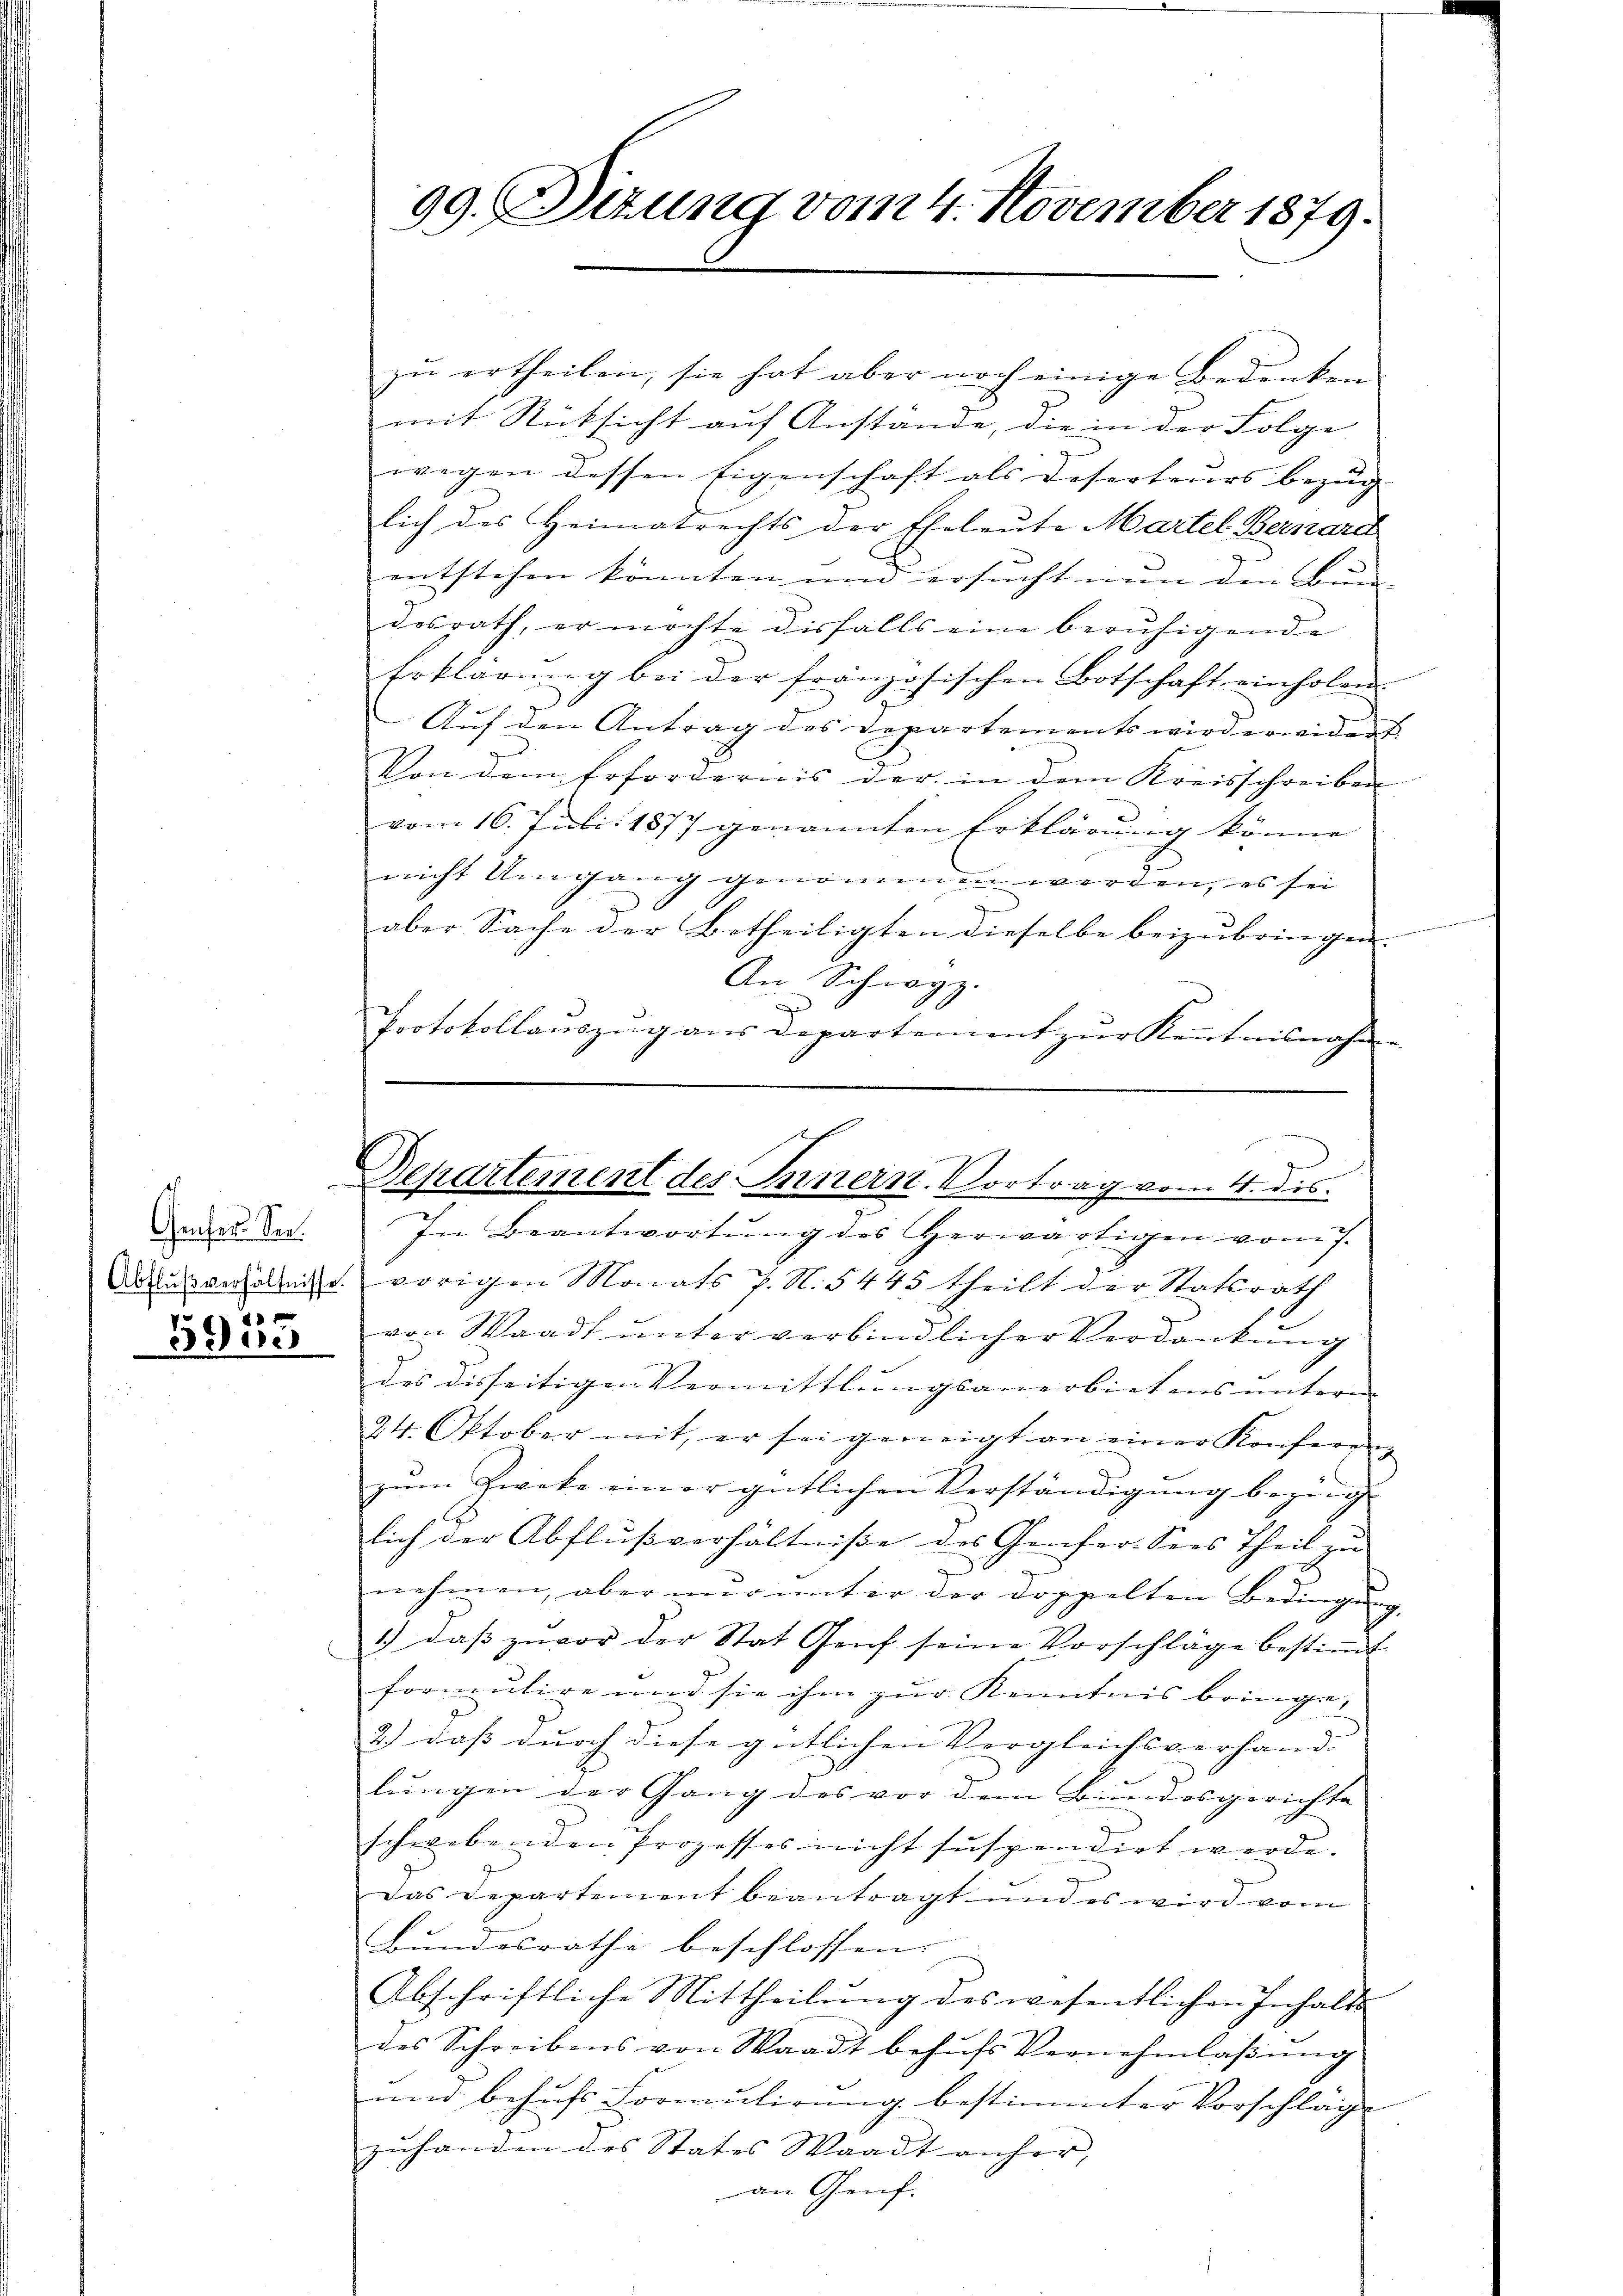
Gefer. Sec
1
3 Juris

99. Sizung vom 4. November 1879.

zu ertheilen, sie hat aber noch einige Bedenken
mit Rücksicht auf Anstände, die in der Folge
wegen dessen Eigenschaft als Deserteurs bezug
lich des Heimatrechts der Eheleute Martel Bernard
entstehen könnten und ersucht nun den Bun-
dosrath, er möchte diesfalls eine beruhigende
Erklärŭng bei der französischen Botschaft einholens
Auf den Antrag des Departements wirderwidert.
Von dem Erfordernis der in dem Kreisschreiben
vom 16. Juli 1877 genannten Erklärung könne
nicht Umgang genommen werden, es sei
aber Sache der Betheiligten dieselbe beizubringen.
An Schwyz.
g
Protokollaŭszŭg aŭs departement zŭr Keṅtnisnahme

.
Departement des Innern. Vortrag vom 4. dis.
In Beantwortŭng des herwärtigen vom 7.

Ausverhältnis vorigen Monats J. N. 5445 theilt der Statsrath
von Waadt unter verbindlicher Verdankung

des disseitigen Vermittlungsanerbietens untern |
24. Oktober mit, er sei geneigt an einer Konferenz
zŭm Zweke einer gütlichen Verständigŭng bezüg
lich der Abflußverhältniße des Genfer Sees Theil zu
nehmen, aber nŭr ŭnter der doppelten Bedingung,
1.) daβ zŭvor der Stat Genf seine Vorschläge bestiṁt.
formulige und sie ihm zur Kenntnis bringe,
2.) dass durch diese gütlichen Vergleichsverhand
lungen der Gang des vor dem Bundesgerichte
schwebenden Prozesses nicht suspendirt werde.
Das Departement beantragt und es wird vom
Bundesrathe beschlossen.
Abschriftliche Mittheilŭng des wesentlichen Inhalts-
des Schreibens von Waadt behŭfs Vernehmlaβŭng
und behufs Formulirung bestimmter Vorschläge
zuhanden des States Waadt anher,
van Genf.